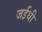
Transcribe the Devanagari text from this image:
जईधी